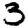
Digit: 3